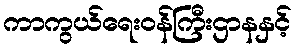
ကာကွယ်ရေးဝန်ကြီးဌာနနှင့်